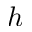
h